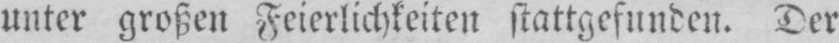
unter großen Feierlichkeiten stattgefunden. Der